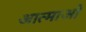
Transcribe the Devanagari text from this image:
आत्माओ